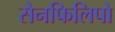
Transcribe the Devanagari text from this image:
सैनफिलिपो